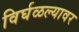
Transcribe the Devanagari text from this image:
विर्घळल्यावर